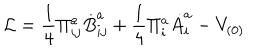
{ \cal L } = \frac { 1 } { 4 } \Pi _ { i j } ^ { a } \dot { B } _ { i j } ^ { a } + \frac { 1 } { 4 } \Pi _ { i } ^ { a } \dot { A } _ { i } ^ { a } - V _ { ( 0 ) }